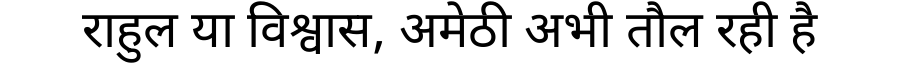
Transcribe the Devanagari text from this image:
राहुल या विश्वास, अमेठी अभी तौल रही है